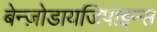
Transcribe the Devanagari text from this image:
बेन्ज़ोडायजिपाइन्स